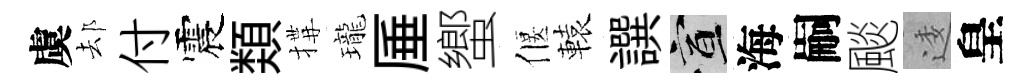
虞𨚫付震𩔖搆瓏厜蠁偃轅譔宣海嗣颷逶皇